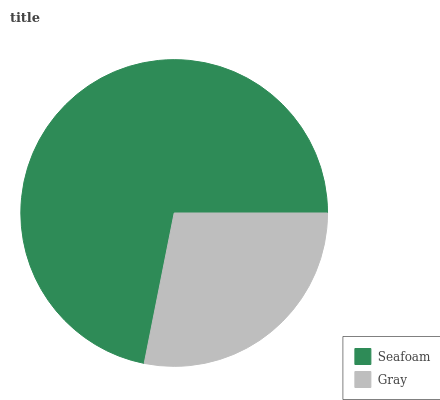
| Seafoam | Gray |
 | --- | --- |
 | 71.9% | 28.1% |